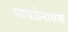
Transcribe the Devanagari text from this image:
मावळेनामक